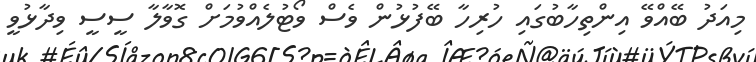
މިއަދު ބޭއްވޭ އިންތިހާބުގައި ހުރިހާ ބޭފުޅުން ވެސް ވޯޓުލެއްވުމަށް ގޮވާލާ ސީސީ ވިދާޅުވީ